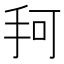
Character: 𰓎